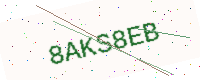
Text: 8AKS8EB